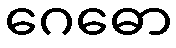
ဂေဓော